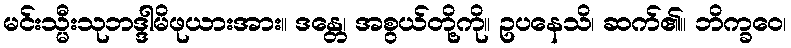
မင်းသ္မီးသုဘဒ္ဒါမိဖုယားအား။ ဒန္တေ၊ အစွယ်တို့ကို။ ဥပနေသိ၊ ဆက်၏။ ဘိက္ခဝေ၊